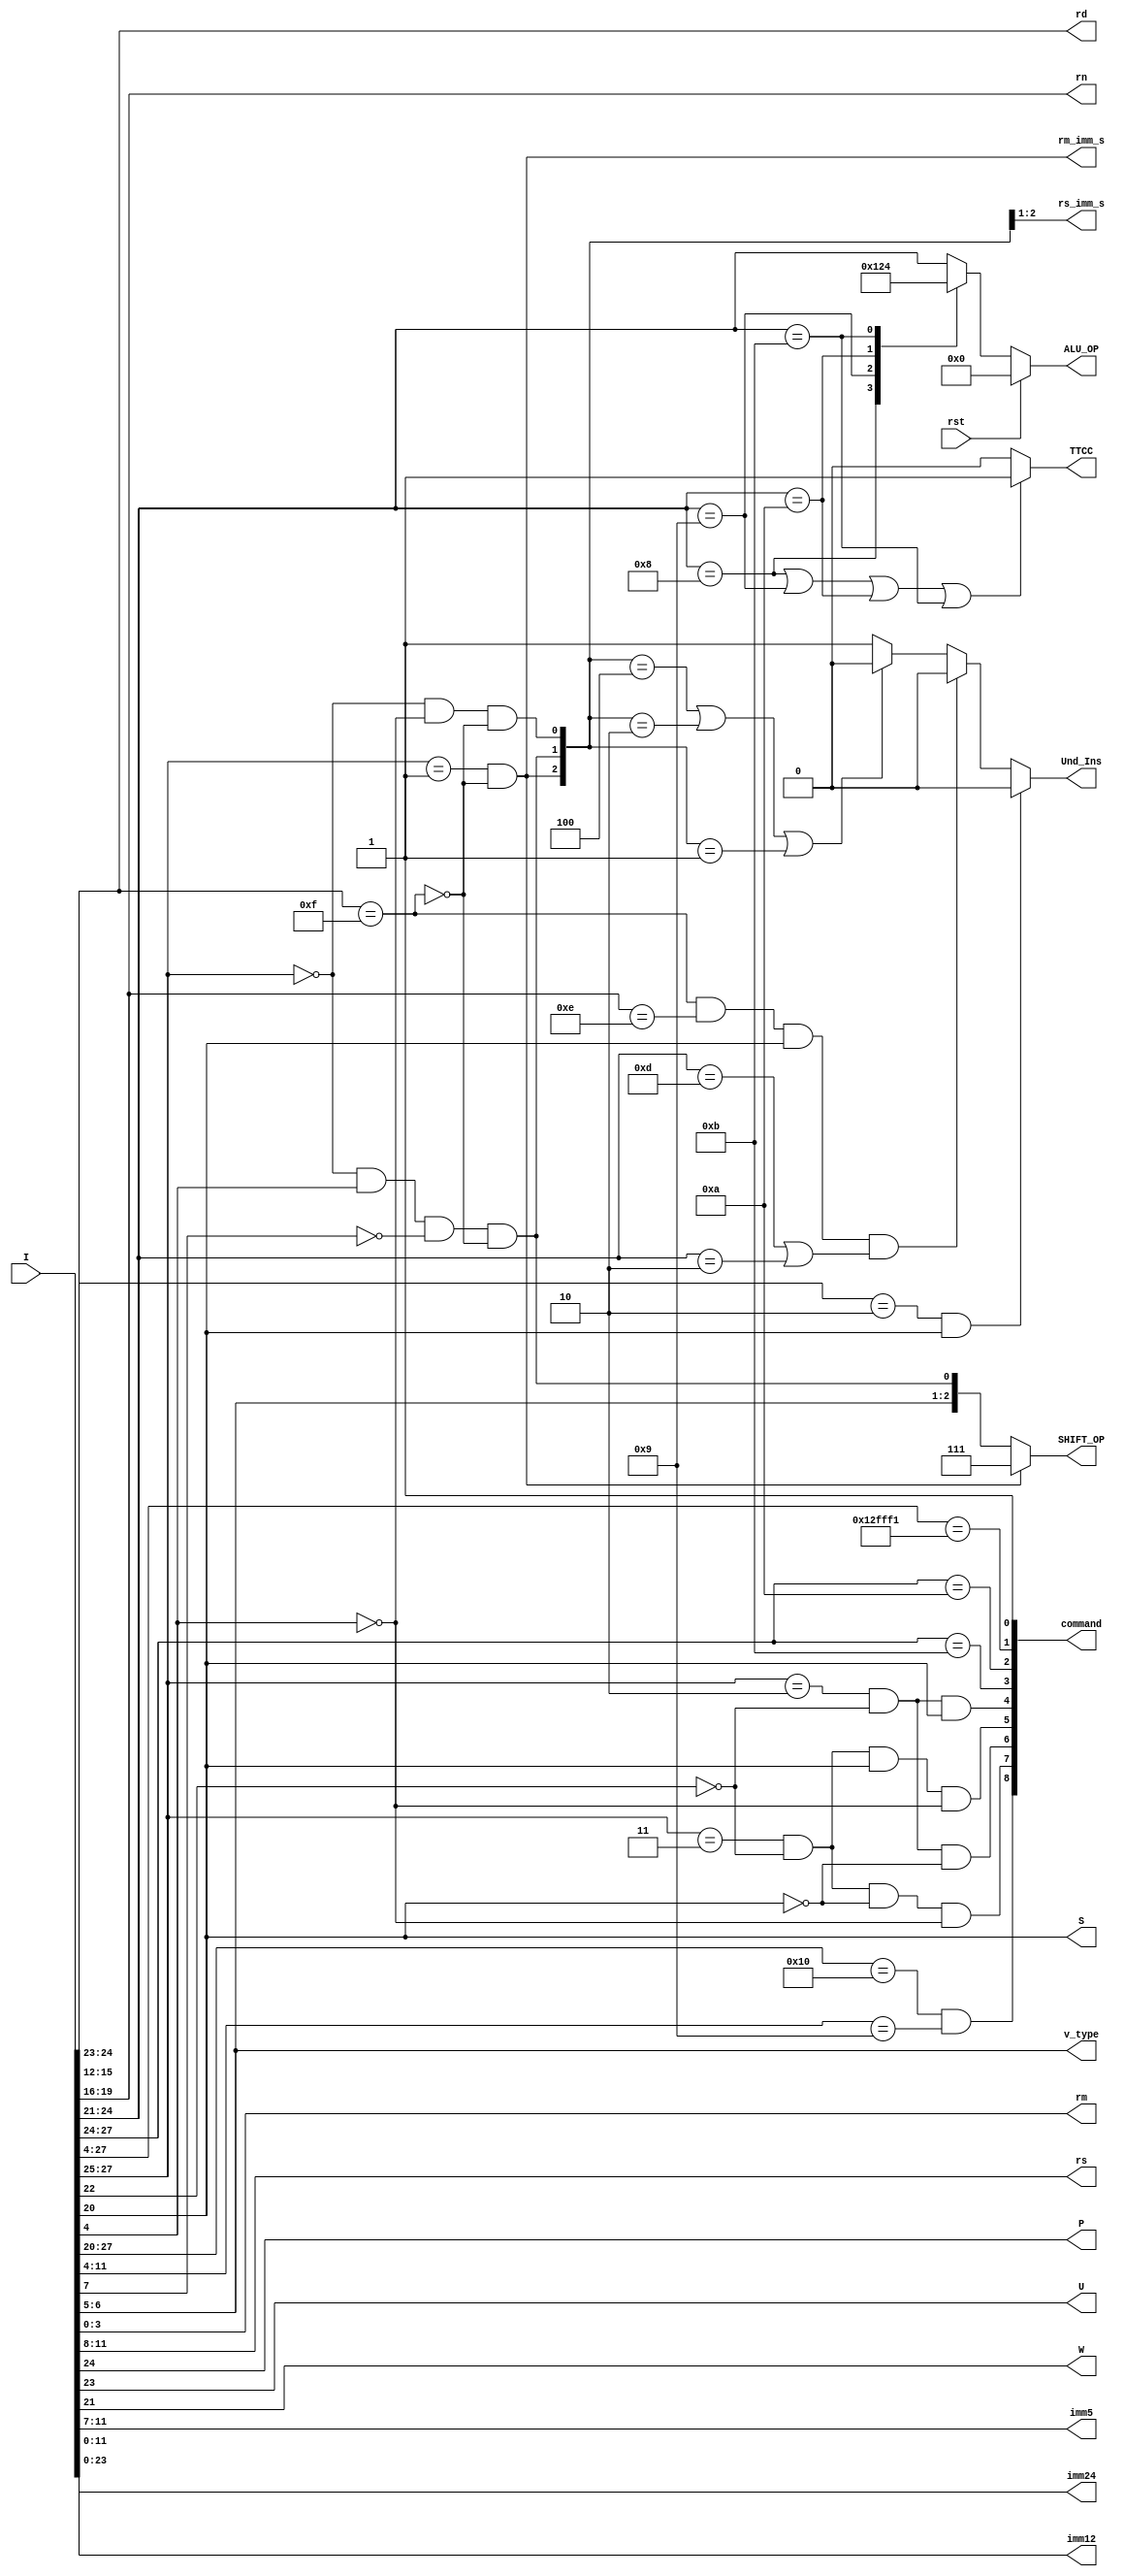
`timescale 1ns / 1ps

module translation(
        input [31:0]I,
        input rst,
        output [3:0]rd,
        output [3:0]rn,
        output [3:0]rm,
        output [3:0]rs,
        output reg Und_Ins,
        output rm_imm_s,        //shift_barrel
        output [1:0]rs_imm_s,
        output [2:0]SHIFT_OP,
        output reg [3:0]ALU_OP,
        output S,
        output P,
        output U,
        output W,
        output [1:0]v_type,
        output [63:0] command,
        output TTCC,
        output [4:0]imm5,
        output [11:0]imm12,
        output [23:0]imm24);
//assign isCondSatisfy = Und_Ins;

    wire [3:0]cond;
    wire [3:0]OP;
    wire [2:0]OP1;

    assign cond    = I[31:28]; //
    assign OP1     = I[27:25];
    assign OP      = I[24:21];
    assign S       = I[20];
    assign P       = I[24];
    assign U       = I[23];
    assign W       = I[21];
    assign rn      = I[19:16];
    assign rd      = I[15:12];
    assign rs      = I[11:8];
    assign imm5    = I[11:7];
    assign v_type  = I[6:5];
    assign rm      = I[3:0];
    assign imm12   = I[11:0];
    assign imm24   = I[23:0];

//OP
    localparam AND = 4'h0;
    localparam EOR = 4'h1;
    localparam SUB = 4'h2;
    localparam RSB = 4'h3;
    localparam ADD = 4'h4;
    localparam ADC = 4'h5;
    localparam SBC = 4'h6;
    localparam RSC = 4'h7;
    localparam TST = 4'h8;
    localparam TEQ = 4'h9;
    localparam CMP = 4'hA;
    localparam CMN = 4'hB;
    localparam ORR = 4'hC;
    localparam MOV = 4'hD;
    localparam BIC = 4'hE;
    localparam MVN = 4'hF;

    //set 16 bit for commands
    localparam DP   = 6'd0;
    localparam BX   = 6'd1;
    localparam B    = 6'd2;
    localparam BL   = 6'd3;
    localparam LDR0 = 6'd4;
    localparam LDR1 = 6'd5;
    localparam STR0 = 6'd6;
    localparam STR1 = 6'd7;
    localparam SWP  = 6'd8;

    assign command[DP]   = 1;
    assign command[B]    = I[27:24] == 4'b1010;
    assign command[BL]   = I[27:24] == 4'b1011;
    assign command[BX]   = I[27:4] == 24'b0001_0010_1111_1111_1111_0001;
    assign command[LDR0] = (I[27:25] == 3'b010) && (I[22] == 0) && (I[20] == 1);
    assign command[STR0] = (I[27:25] == 3'b010) && (I[22] == 0) && (I[20] == 0);
    assign command[LDR1] = (I[27:25] == 3'b011) && (I[22] == 0) && (I[20] == 1) && (I[4] == 0);
    assign command[STR1] = (I[27:25] == 3'b011) && (I[22] == 0) && (I[20] == 0) && (I[4] == 0);
    assign command[SWP]  = (I[27:20] == 8'b0001_0000) && (I[11:4] == 8'b0000_1001);
    assign TTCC          = (OP == TST||OP == TEQ||OP == CMP||OP == CMN)?1'b1:1'b0; //

    wire [2:0]DPx;
    wire isf;
    //
    assign isf    = rd == 4'hf;
    assign DPx[0] = (I[27:25] == 3'b000)&&(I[4] == 1'b0)&& (~isf);
    assign DPx[1] = (I[27:25] == 3'b000)&&(I[4] == 1'b1)&&(I[7] == 1'b0)&& (~isf);
    assign DPx[2] = (I[27:25] == 3'b001)&&(~isf);

    //OPALU_OP

    always @(OP or rst) begin
        if(rst)
            ALU_OP <= 0;
        else begin
            case (OP)
                TST:ALU_OP      <= 4'h0;
                TEQ:ALU_OP      <= 4'h1;
                CMP:ALU_OP      <= 4'h2;
                CMN:ALU_OP      <= 4'h4;
                default :ALU_OP <= OP;
            endcase
        end
    end

    //v_typeDP0DP1
    assign SHIFT_OP = (DPx[2])?3'b111:{v_type,DPx[1]};
    assign rm_imm_s = DPx[2];
    assign rs_imm_s = DPx[2:1]; //equal to the following code

    always @(OP or rd or rn or S) begin
        if (OP[3:2] == 2'b10&&S) //4S=1
            Und_Ins <= 1'b0;
        //
        else if (rd == 4'hf&&rn == 4'hE&&S == 1'b1&&(OP == MOV||OP == SUB))
            Und_Ins <= 1'b0;
        //
        else if (DPx == 3'b100||DPx == 3'b010||DPx == 3'b001)
            Und_Ins <= 1'b0;
        else
            Und_Ins <= 1'b1;
    end
endmodule